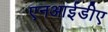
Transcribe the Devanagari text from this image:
एनआईडीए